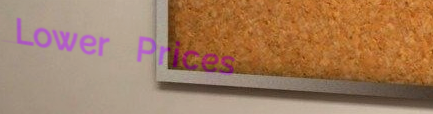
Lower Prices